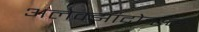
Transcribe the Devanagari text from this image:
अलेक्झांद्रोव्स्क